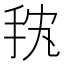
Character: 𱟴